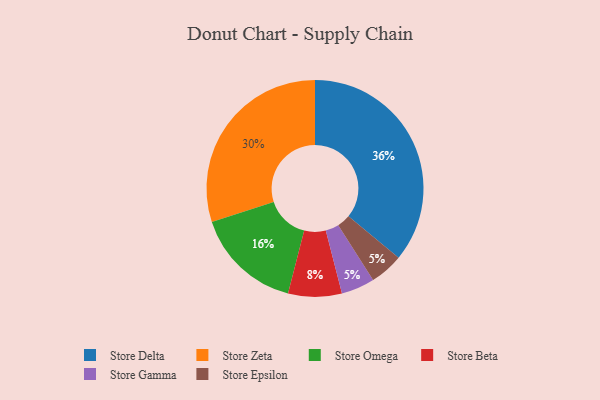
{"axis": {"x": "Category", "y": "Percentage"}, "legend": ["Store Beta", "Store Delta", "Store Epsilon", "Store Gamma", "Store Omega", "Store Zeta"], "data": [{"x": "Store Zeta", "y": 30, "type": "Store Zeta"}, {"x": "Store Gamma", "y": 5, "type": "Store Gamma"}, {"x": "Store Delta", "y": 36, "type": "Store Delta"}, {"x": "Store Epsilon", "y": 5, "type": "Store Epsilon"}, {"x": "Store Omega", "y": 16, "type": "Store Omega"}, {"x": "Store Beta", "y": 8, "type": "Store Beta"}]}